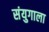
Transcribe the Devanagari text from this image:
संयुगाला